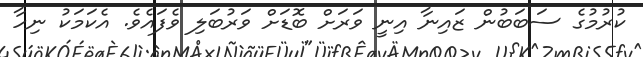
ކުރުމުުގެ ސަބަބުން ޒައިނާ އިނީ ވަރަށް ބޮޑަށް ވަރުބަލި ވެފައެވެ. އެކަމަކު ނިހާ